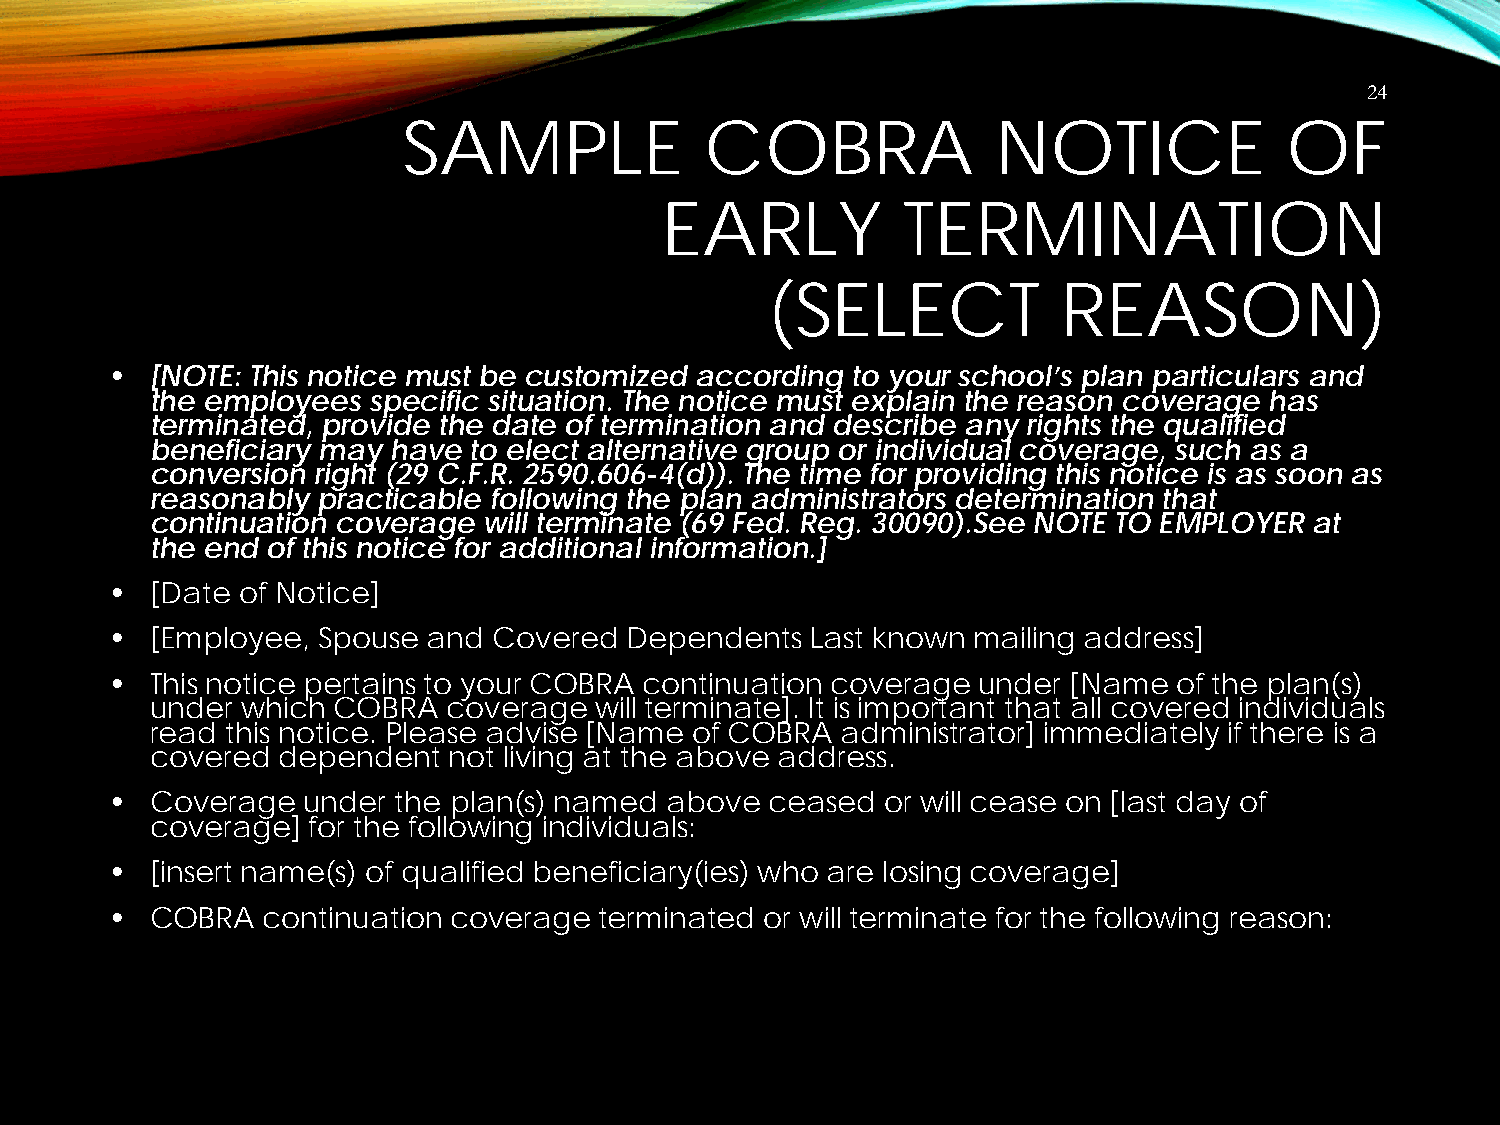
24
 SAMPLE              COBRA              NOTICE             OF
 EARLY           TERMINATION
 (SELECT            REASON)
 •  [NOTE: This notice must be customized according to your school’s plan particulars and
 the employees specific situation. The notice must explain the reason coverage has
 terminated, provide the date of termination and describe any rights the qualified
 beneficiary may have to elect alternative group or individual coverage, such as a
 conversion right (29 C.F.R. 2590.606-4(d)). The time for providing this notice is as soon as
 reasonably practicable following the plan administrators determination that
 continuation coverage will terminate (69 Fed. Reg. 30090).See NOTE TO EMPLOYER at
 the end of this notice for additional information.]
 •  [Date of Notice]
 •  [Employee, Spouse and  Covered Dependents   Last known mailing address]
 •  This notice pertains to your COBRA continuation coverage under [Name of the plan(s)
 under which COBRA   coverage will terminate]. It is important that all covered individuals
 read this notice. Please advise [Name of COBRA administrator] immediately if there is a
 covered dependent   not living at the above address.
 •  Coverage  under the plan(s) named above  ceased  or will cease on [last day of
 coverage] for the following individuals:
 •  [insert name(s) of qualified beneficiary(ies) who are losing coverage]
 •  COBRA  continuation coverage  terminated or will terminate for the following reason: